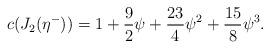
LaTeX: \begin{align*} c (J_2(\eta^-)) = 1 + \frac{9}{2}\psi +\frac{23}{4}\psi^2 + \frac{15}{8}\psi^3.\end{align*}